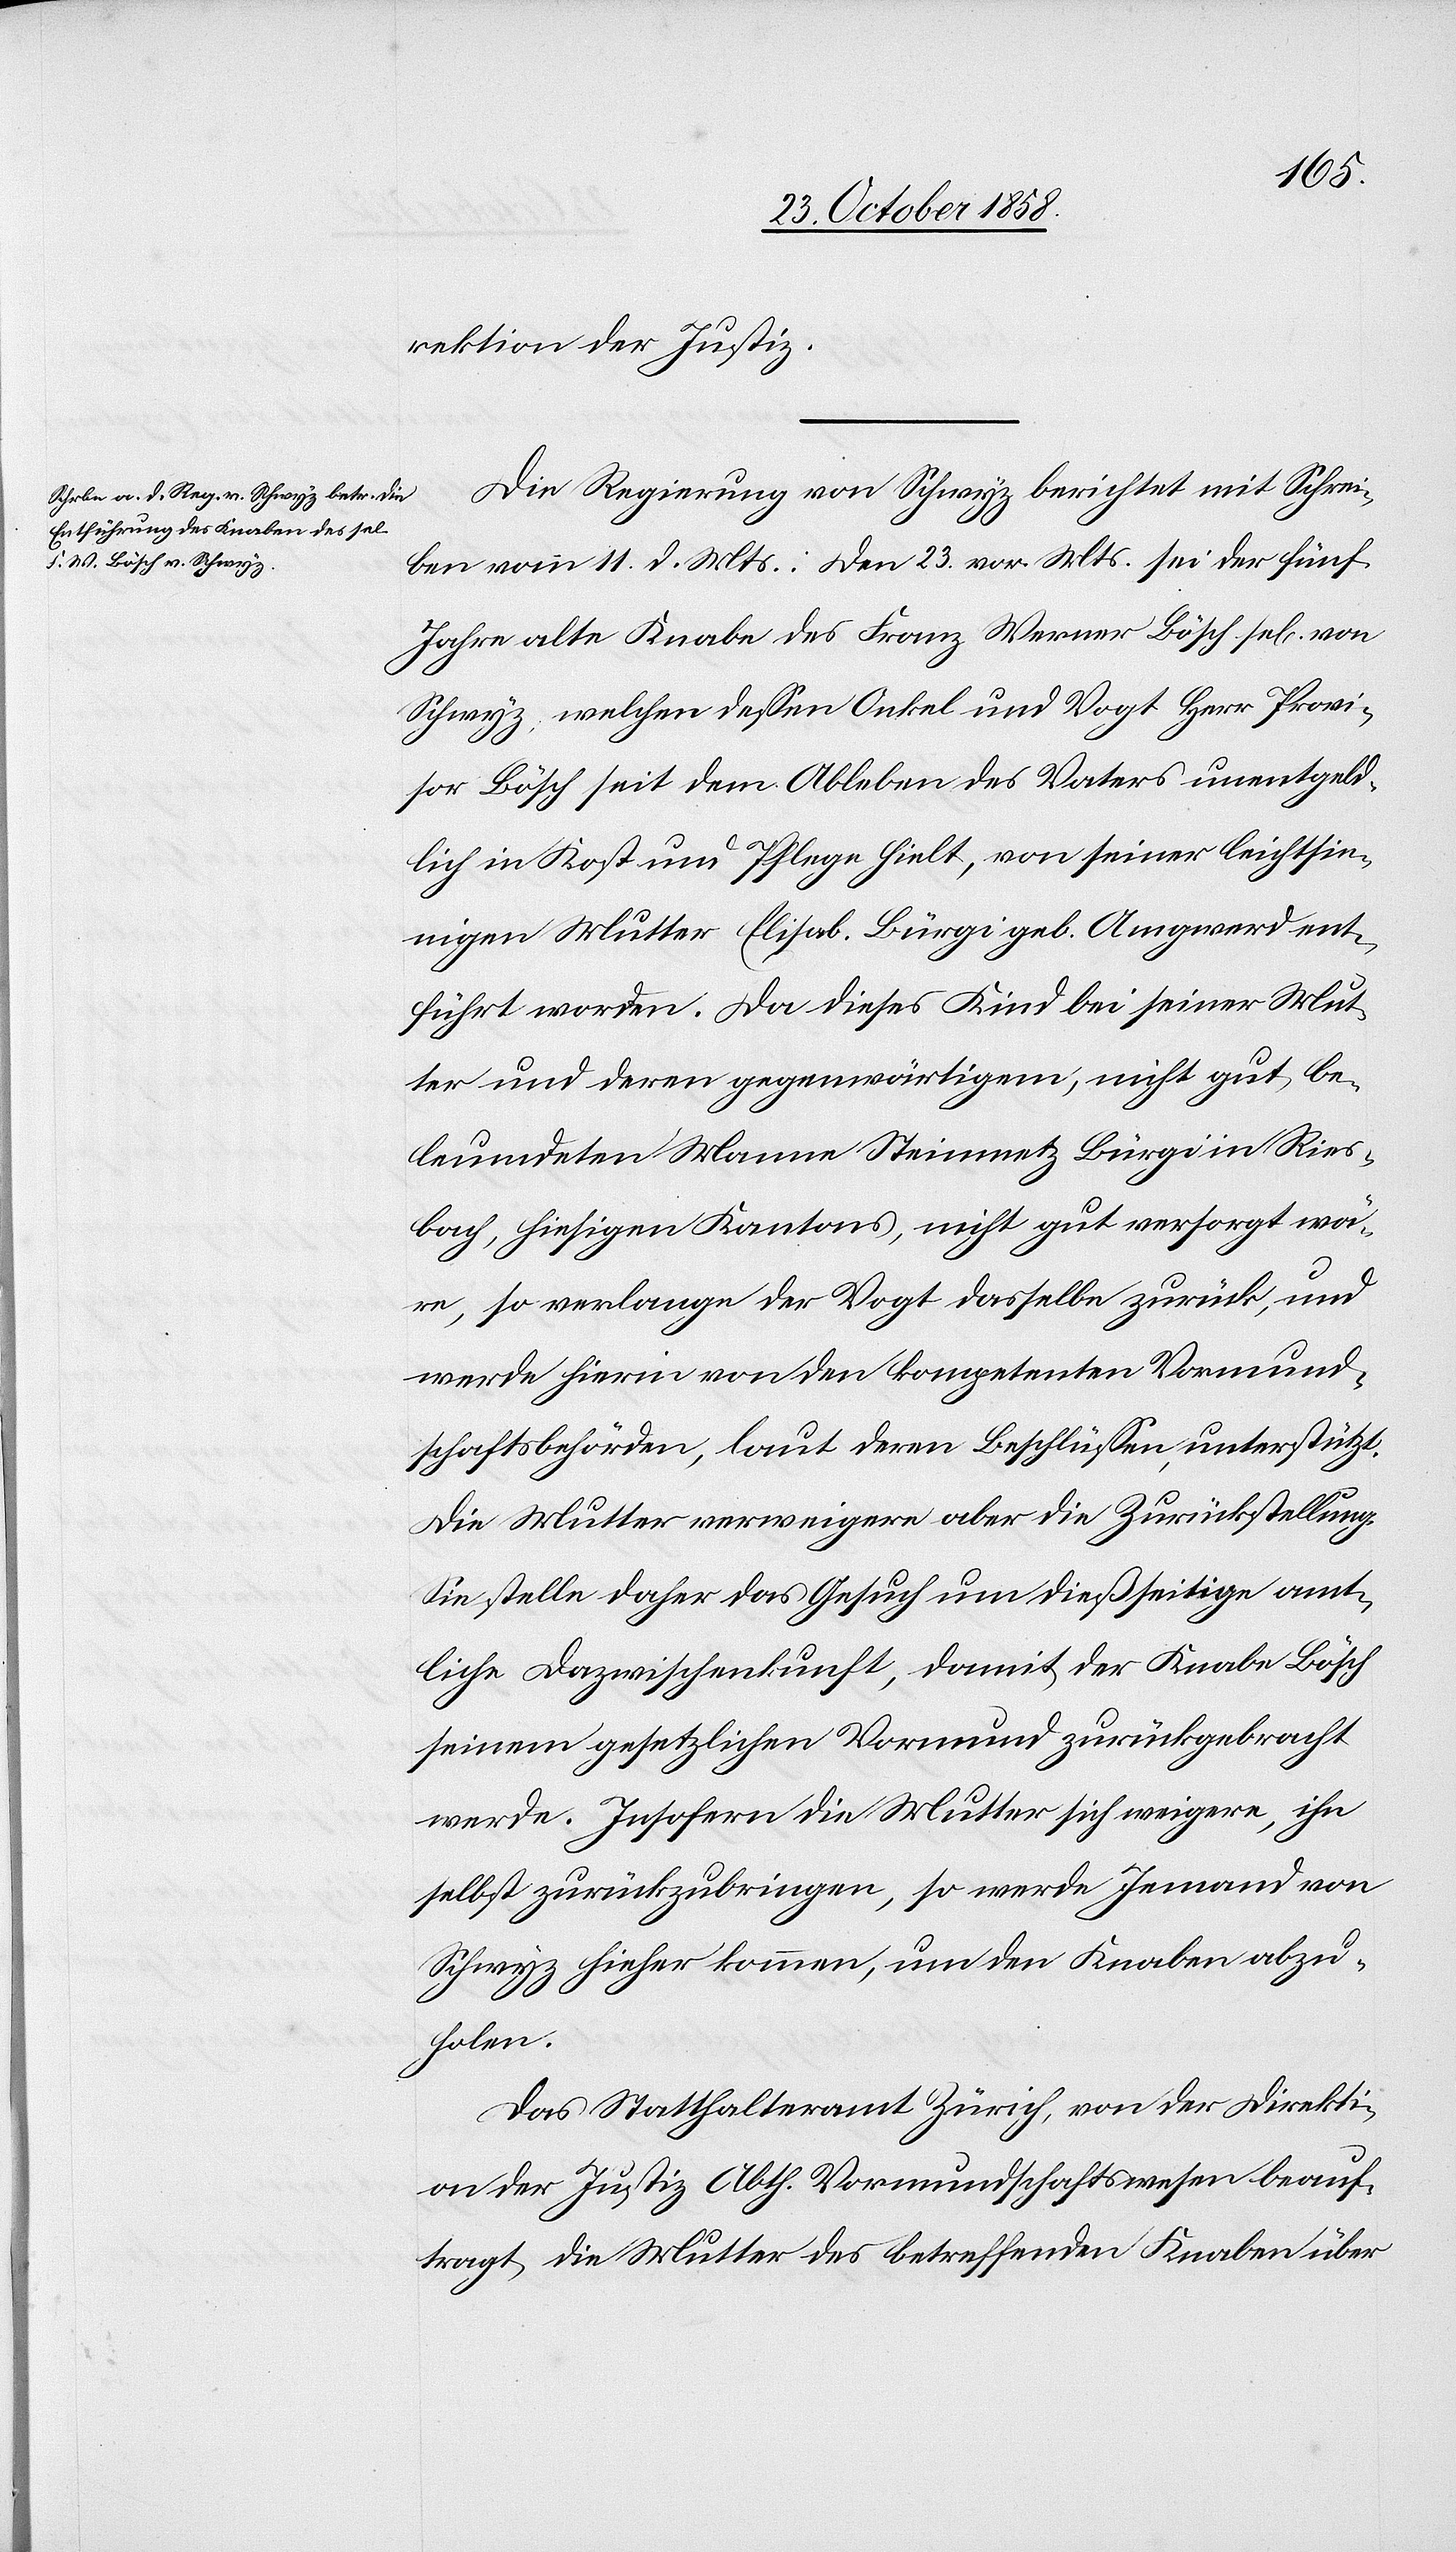
rektion der Justiz.
Die Regierung von Schwyz berichtet mit Schrei¬
ben vom 11. d. Mts.: Den 23. vor. Mts. sei der fünf
Jahre alte Knabe des Franz Werner Bösch sel[ig] von
Schwyz, welchen dessen Onkel und Vogt Herr Provi¬
sor Bösch seit dem Ableben des Vaters unentgeld¬
lich in Kost und Pflege hielt, von seiner leichtsin¬
nigen Mutter Elisab. Bürgi geb. Amgwerd ent¬
führt worden. Da dieses Kind bei seiner Mut¬
ter und deren gegenwärtigem, nicht gut be¬
leumdeten Manne Steinmetz Bürgi in Ries¬
bach, hiesigen Kantons, nicht gut versorgt wä¬
re, so verlange der Vogt dasselbe zurück, und
werde hierin von den kompetenten Vormund¬
schaftsbehörden, laut deren Beschlüssen, unterstützt.
Die Mutter verweigere aber die Zurückstellung.
Sie stelle daher das Gesuch um dießseitige amt¬
liche Dazwischenkunft, damit der Knabe Bösch
seinem gesetzlichen Vormund zurückgebracht
werde. Insofern die Mutter sich weigere, ihn
selbst zurückzubringen, so werde Jemand von
Schwyz hieher kommen, um den Knaben abzu¬
holen.
Das Statthalteramt Zürich, von der Direkti¬
on der Justiz Abth. Vormundschaftswesen beauf¬
tragt, die Mutter des betreffenden Knaben über